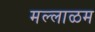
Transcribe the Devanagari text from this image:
मल्लाळम